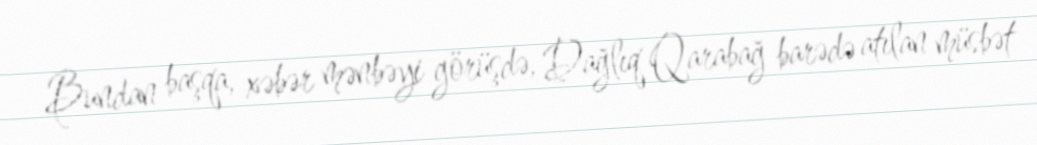
Bundan başqa, xəbər mənbəyi görüşdə, Dağlıq Qarabağ barədə atılan müsbət